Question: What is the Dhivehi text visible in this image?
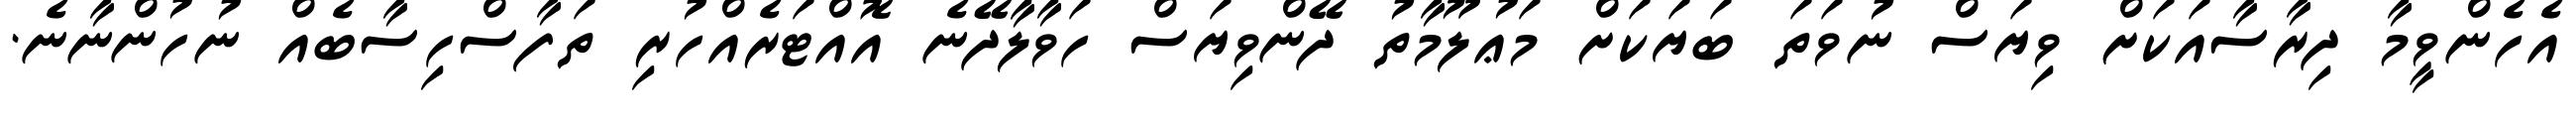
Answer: އެހެންވީމާ ދިރާސާއަކަށް ވިޔަސް ނުވަތަ ބަޔަކަށް މަޢުލޫމާތު ދޭންވިޔަސް ހަވާލާދޭނެ އޮއްޓަރެއްހުރި ތަފާސްހިސާބެއް ނުހުންނާނެ.